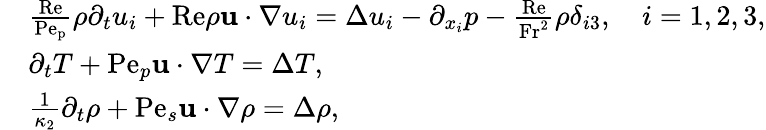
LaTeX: \begin{array}{rl}&{\frac{\mathrm{Re}}{\mathrm{Pe_{p}}}\rho\partial_{t}u_{i}+\mathrm{Re}\rho\mathbf{u}\cdot\nabla u_{i}=\Delta u_{i}-\partial_{x_{i}}p-\frac{\mathrm{Re}}{\mathrm{Fr^{2}}}\rho\delta_{i3},\quad i=1,2,3,}\\ &{\partial_{t}T+\mathrm{Pe}_{p}\mathbf{u}\cdot\nabla T=\Delta T,}\\ &{\frac{1}{\kappa_{2}}\partial_{t}\rho+\mathrm{Pe}_{s}\mathbf{u}\cdot\nabla\rho=\Delta\rho,}\end{array}